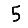
Digit: 5